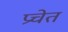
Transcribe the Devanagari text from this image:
प्रचेत